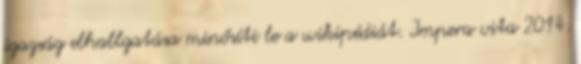
igazság elhallgatása minősíti le a wikipédiát. Impera vita 2014.